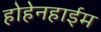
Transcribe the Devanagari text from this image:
होहेनहाईम